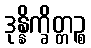
ဒုန္နိက္ခိတ္တဉ္စ